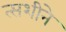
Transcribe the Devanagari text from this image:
त्सशीने